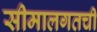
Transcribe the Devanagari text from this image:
सीमालगतची